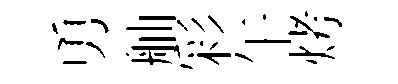
勇舳彩午烤